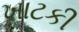
ખાટકી